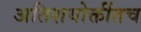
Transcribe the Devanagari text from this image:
अतिशयोक्तींतच